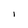
Character: 1